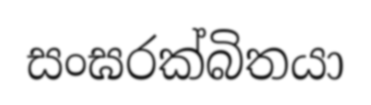
සංඝරක්බිතයා